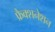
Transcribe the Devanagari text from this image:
फ्रैक्शनेशन